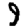
Digit: 9